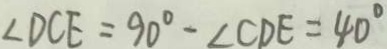
\angle D C E = 9 0 ^ { \circ } - \angle C D E = 4 0 ^ { \circ }